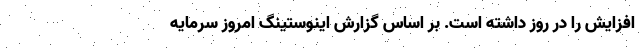
افزایش را در روز داشته است. بر اساس گزارش اینوستینگ امروز سرمایه